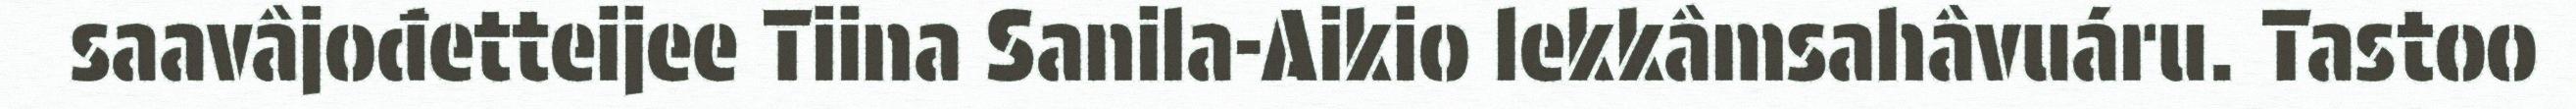
saavâjođetteijee Tiina Sanila-Aikio lekkâmsahâvuáru. Tastoo